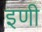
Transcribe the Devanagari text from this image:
इणी